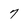
Character: 7